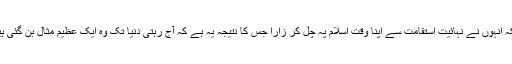
بلکہ انہوں نے نہائیت استقامت سے اپنا وقت اسلام پہ چل کر زارا جس کا نتیجہ یہ ہے کہ آج رہتی دنیا تک وہ ایک عظیم مثال بن گئی ہیں۔